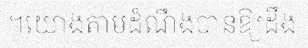
។យោងតាមដំណឹងបានឱ្យដឹង